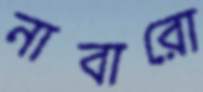
নাবারো